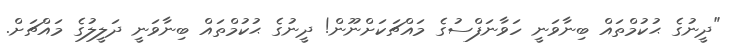
"ދީނުގެ ޙުކުމްތައް ބިނާވަނީ ހަވާނަފްސުގެ މައްޗަކަށްނޫން! ދީނުގެ ޙުކުމްތައް ބިނާވަނީ ދަލީލުގެ މައްޗަށް.